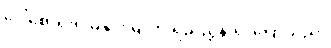
ဒေါ်စောရုံက မနှင်းမြူကို ရည်ညွှန်း၍ ပြောသည်။